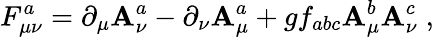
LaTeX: F_{\mu\nu}^{a}=\partial_{\mu}\mathbf{A}_{\nu}^{a}-\partial_{\nu}\mathbf{A}_{\mu}^{a}+gf_{abc}\mathbf{A}_{\mu}^{b}\mathbf{A}_{\nu}^{c}\; ,